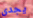
يجدي